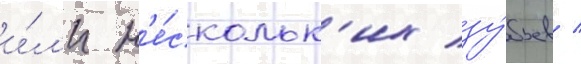
и́л'и н'е́скольк'их зу́бьев /